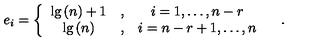
e _ { i } = \left\{ \begin{array} { c c c } { \lg \left( n \right) + 1 } & { , } & { i = 1 , \ldots , n - r } \\ { \lg \left( n \right) } & { , } & { i = n - r + 1 , \ldots , n } \\ \end{array} \right. \quad .